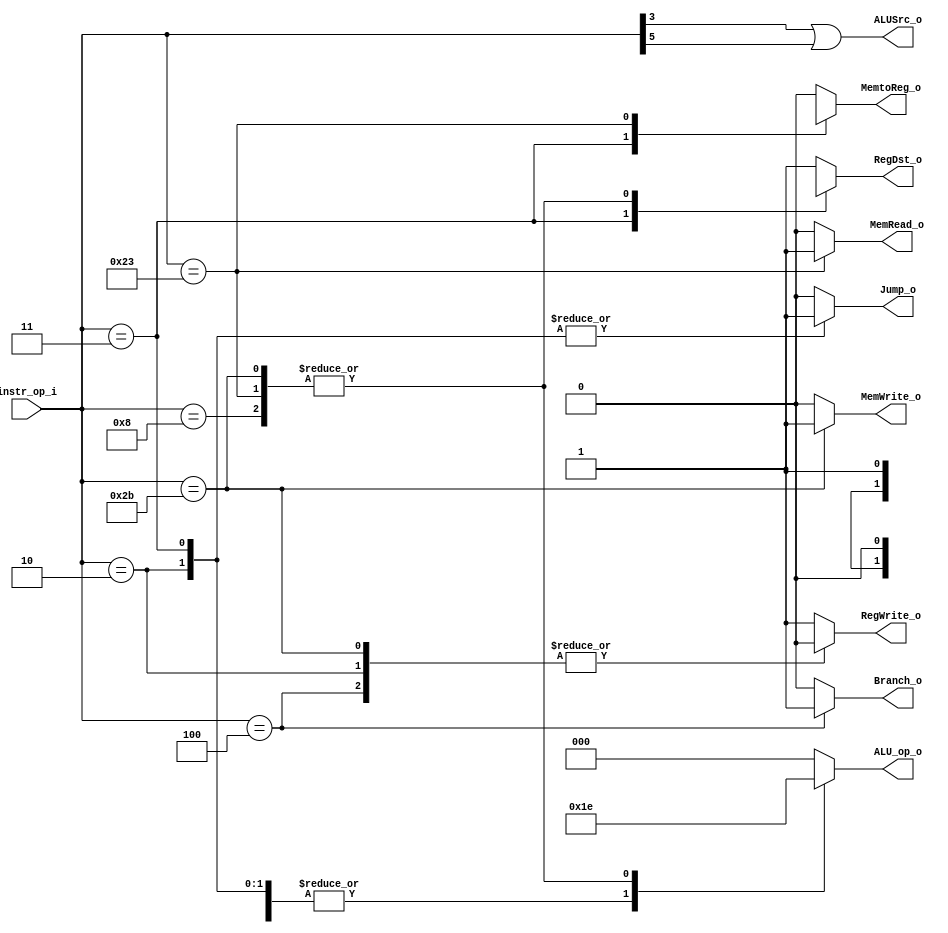
//Subject:     CO project 2 - Decoder
//--------------------------------------------------------------------------------
//Version:     1
//--------------------------------------------------------------------------------
//Writer:      Luke
//----------------------------------------------
//----------------------------------------------
//Description:
//--------------------------------------------------------------------------------

module Decoder(
    instr_op_i,
	RegWrite_o,
	ALU_op_o,
	ALUSrc_o,
	RegDst_o,
	Branch_o,
    Jump_o,
    MemRead_o,
    MemWrite_o,
    MemtoReg_o
	);

//I/O ports
input  [6-1:0] instr_op_i;

output         RegWrite_o;
output [3-1:0] ALU_op_o;
output         ALUSrc_o;
output         RegDst_o;
output         Branch_o;
output         Jump_o;
output         MemRead_o;
output         MemWrite_o;
output         MemtoReg_o;

//Internal Signals
reg    [3-1:0] ALU_op_o;
reg            ALUSrc_o;
reg            RegWrite_o;
reg            RegDst_o;
reg            Branch_o;
reg            Jump_o;
reg            MemRead_o;
reg            MemWrite_o;
reg            MemtoReg_o;

//Parameter

//Main function
always @ ( * ) begin
    case(instr_op_i)
        // jal
        6'b000011: begin
            RegWrite_o <= 1'b1;
            ALU_op_o <= 3'b011;
            RegDst_o <= 1'bx;
            Branch_o <= 1'b0;
            Jump_o <= 1'b1;
            MemRead_o <= 1'b0;
            MemWrite_o <= 1'b0;
            MemtoReg_o <= 1'bx;
        end
        // lw
        6'b100011: begin
            RegWrite_o <= 1'b1;
            ALU_op_o <= 3'b110;
            RegDst_o <= 1'b0;
            Branch_o <= 1'b0;
            Jump_o <= 1'b0;
            MemRead_o <= 1'b1;
            MemWrite_o <= 1'b0;
            MemtoReg_o <= 1'b1;
        end
        // sw
        6'b101011: begin
            RegWrite_o <= 1'b0;
            ALU_op_o <= 3'b110;
            RegDst_o <= 1'b0;
            Branch_o <= 1'b0;
            Jump_o <= 1'b0;
            MemRead_o <= 1'b0;
            MemWrite_o <= 1'b1;
            MemtoReg_o <= 1'b0;
        end
        // jump
        6'b000010: begin
            RegWrite_o <= 1'b0;
            ALU_op_o <= 3'b011;
            RegDst_o <= 1'b1;
            Branch_o <= 1'b0;
            Jump_o <= 1'b1;
            MemRead_o <= 1'b0;
            MemWrite_o <= 1'b0;
            MemtoReg_o <= 1'b0;
        end
        // beq
        6'b000100: begin
            RegWrite_o <= 1'b0;
            ALU_op_o <= 3'b011;
            RegDst_o <= 1'b1;
            Branch_o <= 1'b1;
            Jump_o <= 1'b0;
            MemRead_o <= 1'b0;
            MemWrite_o <= 1'b0;
            MemtoReg_o <= 1'b0;
        end
        // addi
        6'b001000: begin
            RegWrite_o <= 1'b1;
            ALU_op_o <= 3'b110;
            RegDst_o <= 1'b0;
            Branch_o <= 1'b0;
            Jump_o <= 1'b0;
            MemRead_o <= 1'b0;
            MemWrite_o <= 1'b0;
            MemtoReg_o <= 1'b0;
        end
        // R-type
        default: begin
            RegWrite_o <= 1'b1;
            ALU_op_o <= 3'b000;
            RegDst_o <= 1'b1;
            Branch_o <= 1'b0;
            Jump_o <= 1'b0;
            MemRead_o <= 1'b0;
            MemWrite_o <= 1'b0;
            MemtoReg_o <= 1'b0;
        end
    endcase

    ALUSrc_o <= instr_op_i[3] | instr_op_i[5];

end

endmodule